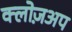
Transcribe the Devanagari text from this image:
क्लोज़अप